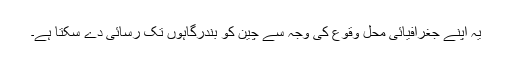
یہ اپنے جغرافیائی محل وقوع کی وجہ سے چین کو بندرگاہوں تک رسائی دے سکتا ہے۔